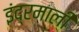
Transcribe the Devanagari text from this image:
इंद्रमाली